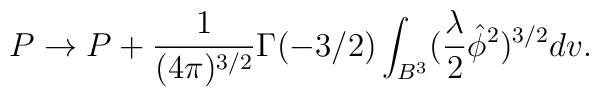
P \rightarrow P+\frac{1}{ (4\pi) ^{3/2}} \Gamma(-3/2)\int_{B^{3}}(\frac{\lambda}{2}\hat{\phi}^{2}) ^{3/2}dv.